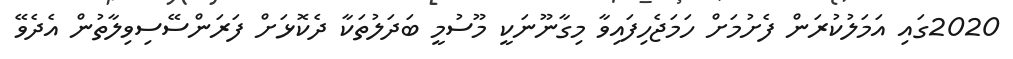
2020ގައި އަމަލުކުރަން ފެށުމަށް ހަމަޖެހިފައިވާ މިގާނޫނަކީ މޫސުމީ ބަދަލުތަކާ ދެކޮޅަށް ފަރަންސޭސިވިލާތުން އެދެވޭ